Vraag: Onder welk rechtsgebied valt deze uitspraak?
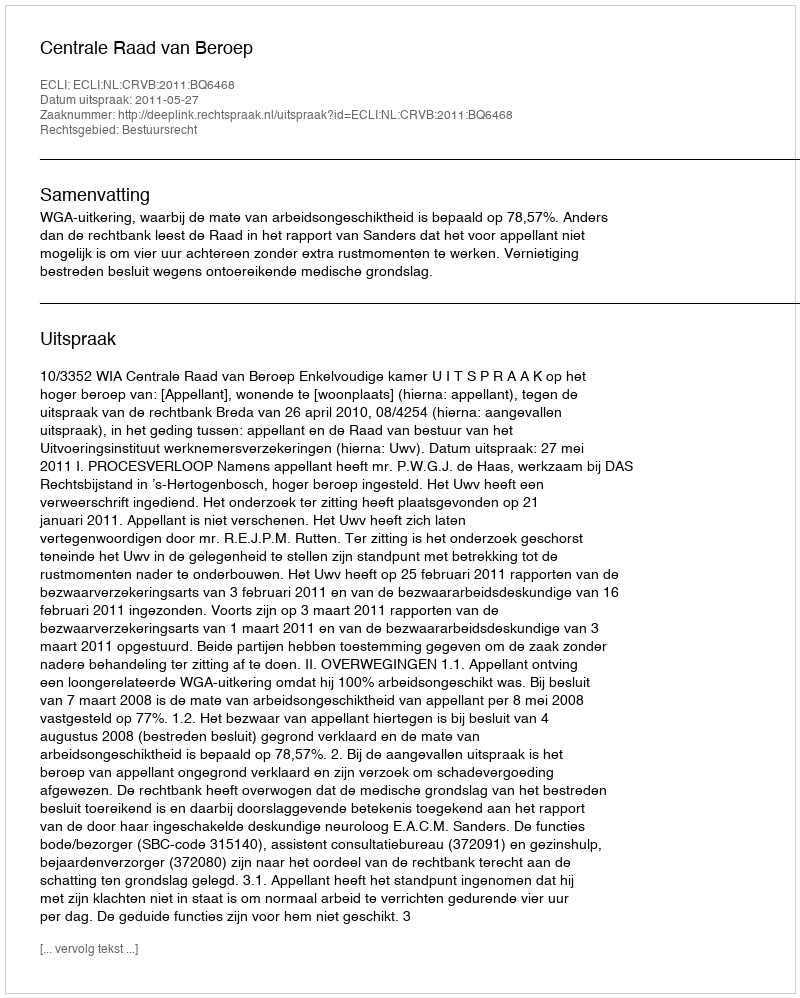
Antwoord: Bestuursrecht